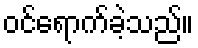
ဝင်ရောက်ခဲ့သည်။